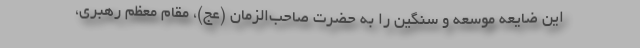
این ضایعه موسعه و سنگین را به حضرت صاحب‌الزمان (عج)، مقام معظم رهبری،